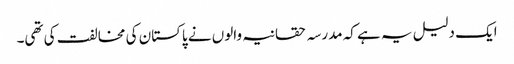
ایک دلیل یہ ہے کہ مدرسہ حقانیہ والوں نے پاکستان کی مخالفت کی تھی۔